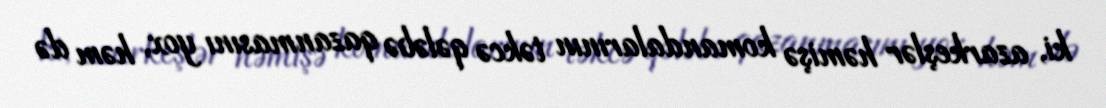
ki, azarkeşlər həmişə komandalarının təkcə qələbə qazanmasını yox, həm də